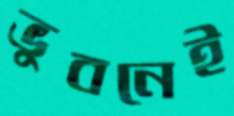
ভুবনেই